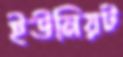
ইউনিয়ট